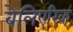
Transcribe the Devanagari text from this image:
बेलिएरिक